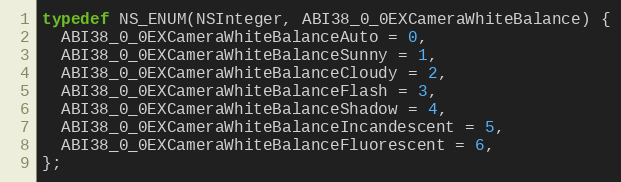
Language: C
typedef NS_ENUM(NSInteger, ABI38_0_0EXCameraWhiteBalance) {
  ABI38_0_0EXCameraWhiteBalanceAuto = 0,
  ABI38_0_0EXCameraWhiteBalanceSunny = 1,
  ABI38_0_0EXCameraWhiteBalanceCloudy = 2,
  ABI38_0_0EXCameraWhiteBalanceFlash = 3,
  ABI38_0_0EXCameraWhiteBalanceShadow = 4,
  ABI38_0_0EXCameraWhiteBalanceIncandescent = 5,
  ABI38_0_0EXCameraWhiteBalanceFluorescent = 6,
};